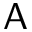
\sf { A }